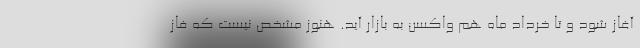
آغاز شود و تا خرداد ماه هم واکسن به بازار آید. هنوز مشخص نیست که فاز